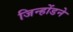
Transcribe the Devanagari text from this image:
जिन्होंडने